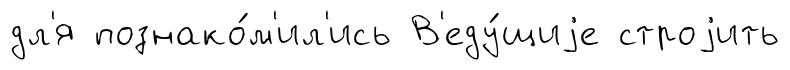
дл'я познако́м'ил'ись В'еду́щиjе строjить